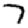
Digit: 7